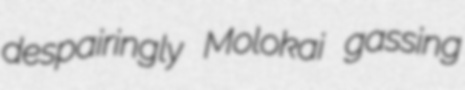
despairingly Molokai gassing